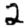
Digit: 2